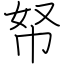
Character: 帑